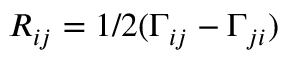
R _ { i j } = 1 / 2 ( \Gamma _ { i j } - \Gamma _ { j i } )